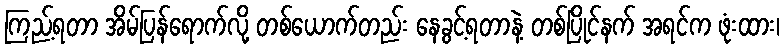
ကြည့်ရတာ အိမ်ပြန်ရောက်လို့ တစ်ယောက်တည်း နေခွင့်ရတာနဲ့ တစ်ပြိုင်နက် အရင်က ဖုံးထား၊